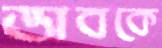
ভাবকে